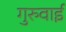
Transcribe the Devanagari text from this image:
गुरुवाई